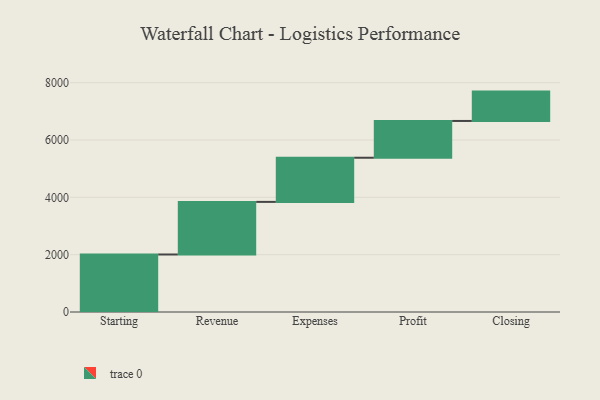
{"axis": {"x": "Step", "y": "Value"}, "legend": [""], "data": [{"x": "Starting", "y": 2006.0, "type": ""}, {"x": "Revenue", "y": 1835.0, "type": ""}, {"x": "Expenses", "y": 1540.0, "type": ""}, {"x": "Profit", "y": 1283.0, "type": ""}, {"x": "Closing", "y": 1024.0, "type": ""}]}